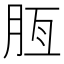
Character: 𦚹